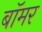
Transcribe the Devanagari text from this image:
बॉमर